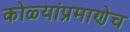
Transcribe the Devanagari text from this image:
कोळ्यांप्रमाणेच